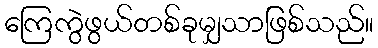
ကြေကွဲဖွယ်တစ်ခုမျှသာဖြစ်သည်။